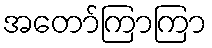
အတော်ကြာကြာ